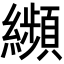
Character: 𦇖